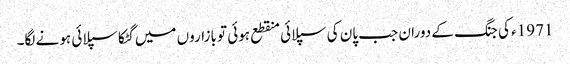
1971ء کی جنگ کے دوران جب پان کی سپلائی منقطع ہوئی تو بازاروں میں گٹکا سپلائی ہونے لگا۔